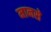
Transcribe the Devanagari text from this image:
मानसे